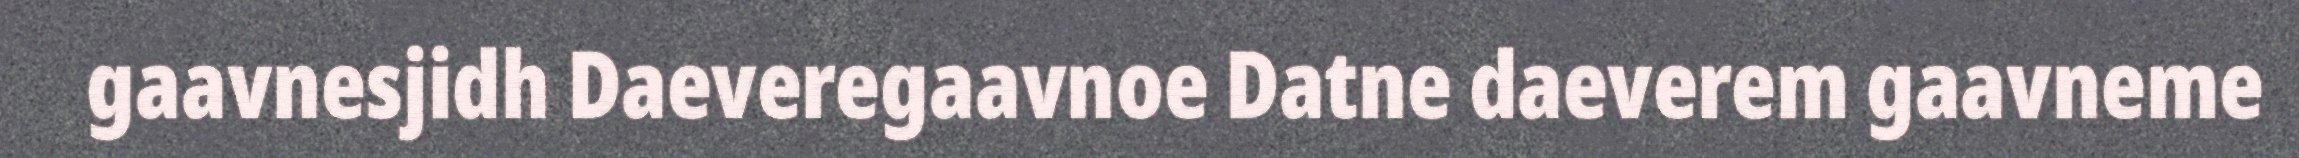
gaavnesjidh Daeveregaavnoe Datne daeverem gaavneme